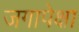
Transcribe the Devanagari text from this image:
जगापेक्षा